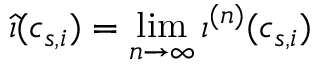
\widehat { \iota } ( c _ { s , i } ) = \operatorname* { l i m } _ { n \rightarrow \infty } \iota ^ { ( n ) } ( c _ { s , i } )